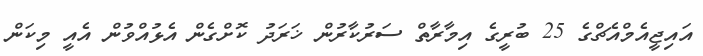
އައިޖީއެމްއެޗްގެ 25 ބުރީގެ އިމާރާތް ސަރުކާރުން ޚަރަދު ކޮށްގެން އެޅުއްވުން އެއީ މިކަން